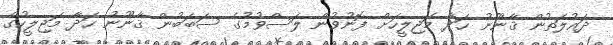
ދައުލަތުން ޤާނޫނު ހަދާ މަޖިލީހަށް ފޮނުވުން ލަސްވުމުގެ ސަބަބުން ޤާނޫނު ހަދާ މަޖިލީހުގެ